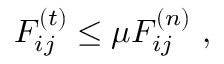
F _ { i j } ^ { ( t ) } \le \mu F _ { i j } ^ { ( n ) } \ ,